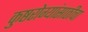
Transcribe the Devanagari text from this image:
कुष्ठरोग्यांसाठीचा